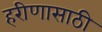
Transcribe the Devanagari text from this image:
हरीणासाठी